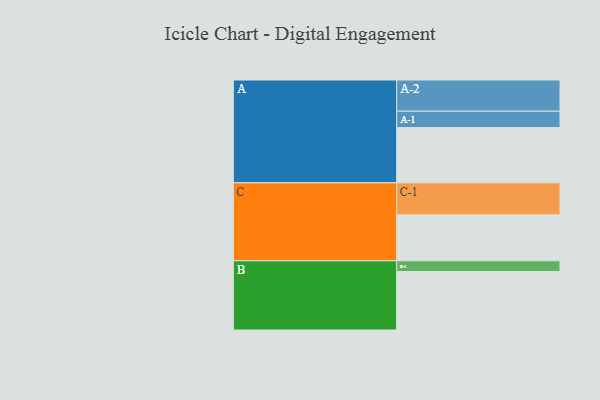
{"axis": {"x": "Segment", "y": "Value"}, "legend": ["", "A", "B", "C"], "data": [{"x": "A", "y": 411, "type": ""}, {"x": "B", "y": 435, "type": ""}, {"x": "C", "y": 342, "type": ""}, {"x": "A-1", "y": 122, "type": "A"}, {"x": "A-2", "y": 232, "type": "A"}, {"x": "B-1", "y": 80, "type": "B"}, {"x": "C-1", "y": 238, "type": "C"}]}